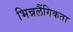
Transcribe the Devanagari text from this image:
भिन्नलैंगिकता